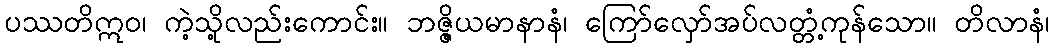
ပဿတိဣဝ၊ ကဲ့သို့လည်းကောင်း။ ဘဇ္ဇိယမာနာနံ၊ ကြော်လှော်အပ်လတ္တံ့ကုန်သော။ တိလာနံ၊